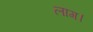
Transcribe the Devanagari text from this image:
लाग।